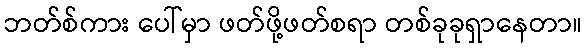
ဘတ်စ်ကား ပေါ်မှာ ဖတ်ဖို့ဖတ်စရာ တစ်ခုခုရှာနေတာ။